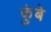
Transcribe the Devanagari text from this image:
कुंबे